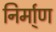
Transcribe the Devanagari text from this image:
निर्मा्ण